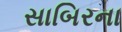
સાબિરના